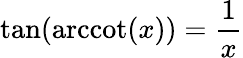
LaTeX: \tan(\operatorname{arccot}(x))={\frac{1}{x}}